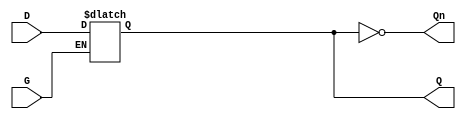
module gated_latch (
    input wire D,    // Data input
    input wire G,    // Enable (gate) signal
    output reg Q,    // Output
    output wire Qn   // Complement of Q
);

// Internal logic to implement the gated latch behavior
always @(*) begin
    if (G) begin
        Q = D;  // When G is high, Q follows D
    end
    // When G is low, Q holds its previous value
end

assign Qn = ~Q; // Complement of Q

endmodule